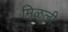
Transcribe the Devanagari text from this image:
मिळली